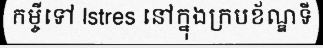
កម្ចីទៅ Istres នៅក្នុងក្របខ័ណ្ឌទី